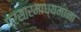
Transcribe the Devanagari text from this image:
प्रसारमाध्यमांना